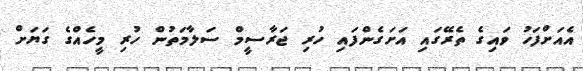
އެއަށްފަހު ވައިގެ ތެރޭގައި އަށަގެންފައި ހުރި ޖަރާސީމް ސަލާމަތުން ހުރި މީހެއްގެ ގަޔަށް